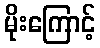
မိုးကြောင့်